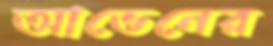
আভেনের